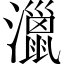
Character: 𤁯